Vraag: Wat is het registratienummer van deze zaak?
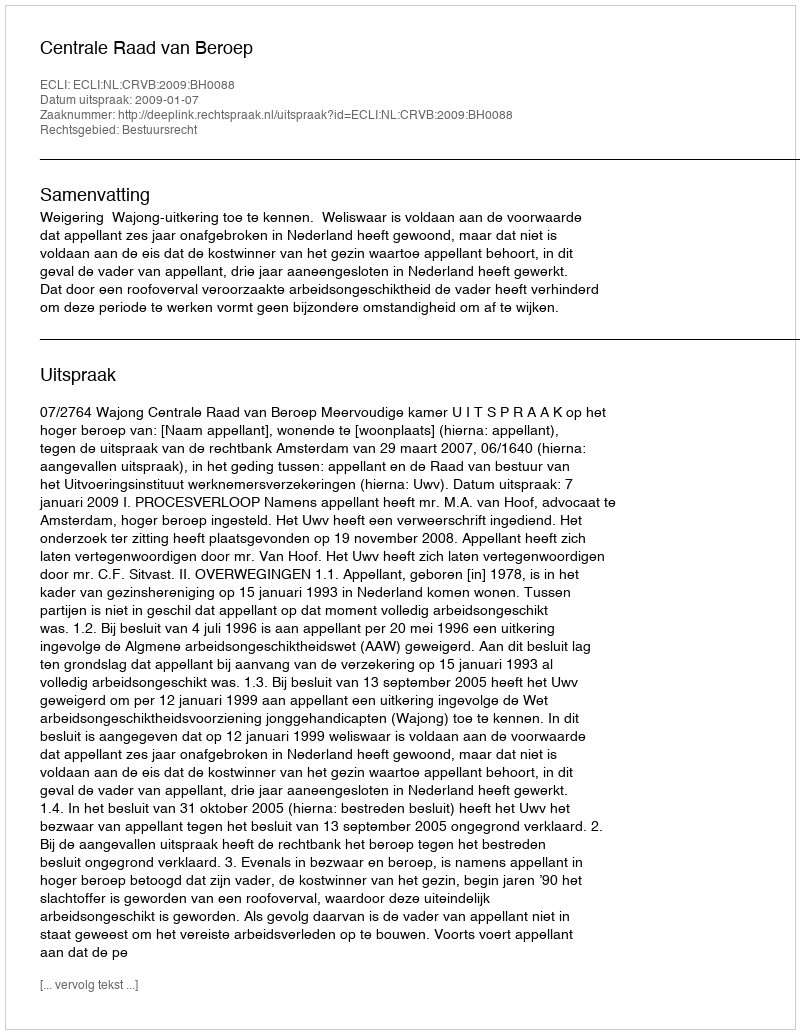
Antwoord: http://deeplink.rechtspraak.nl/uitspraak?id=ECLI:NL:CRVB:2009:BH0088